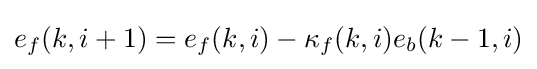
e_{f}(k,i+1)=e_{f}(k,i)-\kappa _{f}(k,i)e_{b}(k-1,i)\,\!